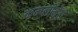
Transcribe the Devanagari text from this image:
कम्प्लीमेंट्री